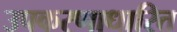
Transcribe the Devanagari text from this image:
उपकरणाधारित